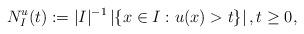
LaTeX: \begin{align*}N_I^u (t):= |I|^{-1}\left|\left\{ x\in I : u (x)>t\right\}\right|, t\ge 0, \end{align*}